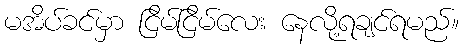
မအိပ်ခင်မှာ ငြိမ်ငြိမ်လေး နေလို့ရချင်ရမည်။